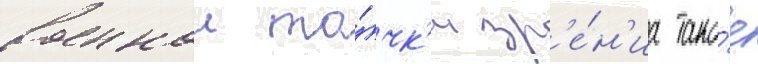
военнои то́чк'и зр'е́н'иа тако́е